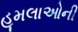
હૂમલાઓની